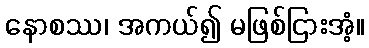
နောစဿ၊ အကယ်၍ မဖြစ်ငြားအံ့။